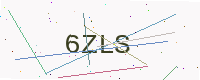
Text: 6ZLS